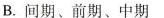
B.间期、前期、中期